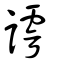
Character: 謣